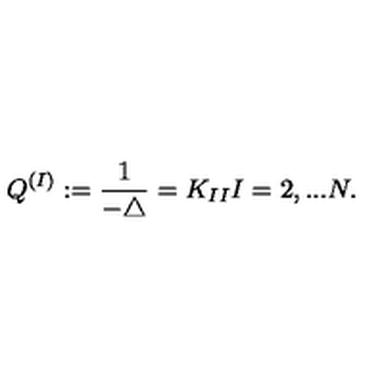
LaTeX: Q ^ { ( I ) } : = \frac { 1 } { - \triangle } = K _ { I I } I = 2 , . . . N .